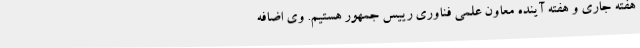
هفته جاری و هفته آینده معاون علمی فناوری رییس جمهور هستیم. وی اضافه